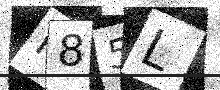
Text: F85L